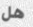
هل